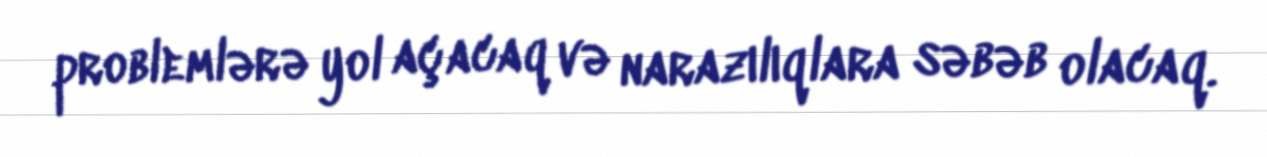
problemlərə yol açacaq və narazılıqlara səbəb olacaq.